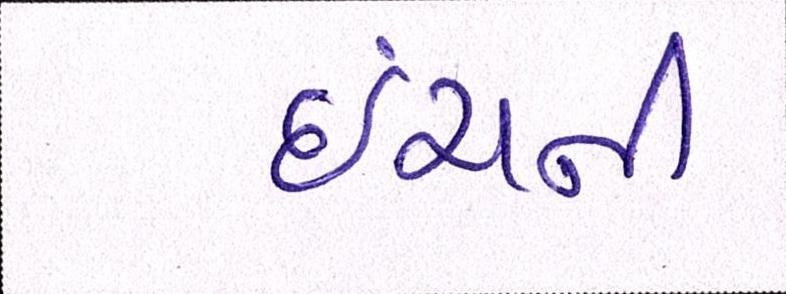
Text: ઇંચની